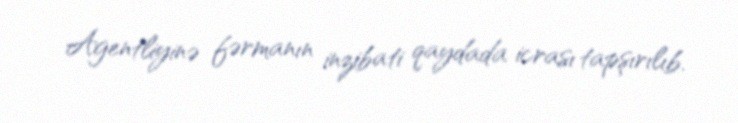
Agentliyinə fərmanın inzibati qaydada icrası tapşırılıb.